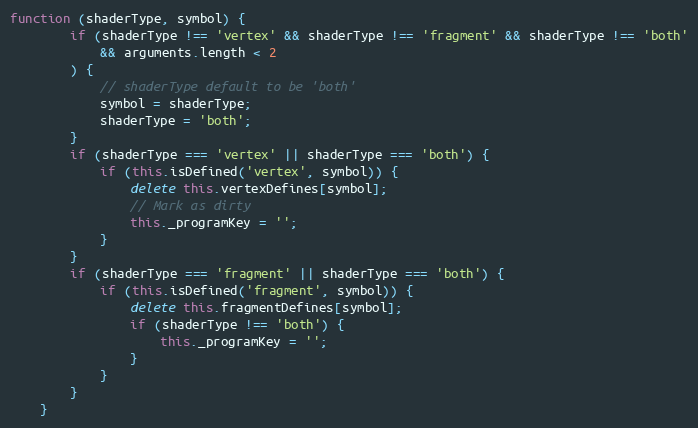
Language: JavaScript
function (shaderType, symbol) {
        if (shaderType !== 'vertex' && shaderType !== 'fragment' && shaderType !== 'both'
            && arguments.length < 2
        ) {
            // shaderType default to be 'both'
            symbol = shaderType;
            shaderType = 'both';
        }
        if (shaderType === 'vertex' || shaderType === 'both') {
            if (this.isDefined('vertex', symbol)) {
                delete this.vertexDefines[symbol];
                // Mark as dirty
                this._programKey = '';
            }
        }
        if (shaderType === 'fragment' || shaderType === 'both') {
            if (this.isDefined('fragment', symbol)) {
                delete this.fragmentDefines[symbol];
                if (shaderType !== 'both') {
                    this._programKey = '';
                }
            }
        }
    }